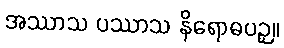
အဿာသ ပဿာသ နိရောဓပဉှ။